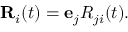
\begin{array} { r } { { \bf R } _ { i } ( t ) = { \bf e } _ { j } R _ { j i } ( t ) . } \end{array}